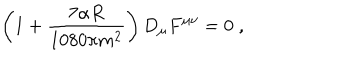
\left( 1 + \frac { 7 \alpha R } { 1 0 8 0 \pi m ^ { 2 } } \right) D _ { \mu } F ^ { \mu \nu } = 0 \; ,